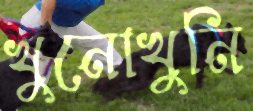
খুনোখুনি